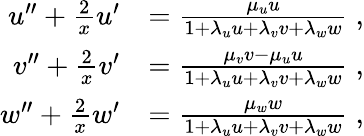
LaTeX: \begin{array}{rl}{u^{\prime\prime}+\frac{2}{x}u^{\prime}}&{=\frac{\mu_{u}u}{1+\lambda_{u}u+\lambda_{v}v+\lambda_{w}w}\; ,}\\ {v^{\prime\prime}+\frac{2}{x}v^{\prime}}&{=\frac{\mu_{v}v-\mu_{u}u}{1+\lambda_{u}u+\lambda_{v}v+\lambda_{w}w}\; ,}\\ {w^{\prime\prime}+\frac{2}{x}w^{\prime}}&{=\frac{\mu_{w}w}{1+\lambda_{u}u+\lambda_{v}v+\lambda_{w}w}\; ,}\end{array}